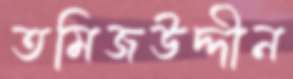
তমিজউদ্দীন